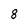
Character: 8